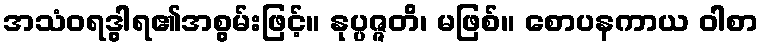
အသံဝရဒွါရ၏အစွမ်းဖြင့်။ နုပ္ပဇ္ဇတိ၊ မဖြစ်။ စောပနကာယ ဝါစာ